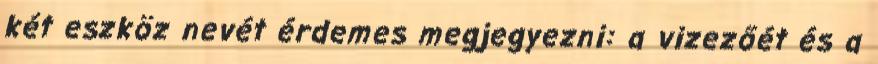
két eszköz nevét érdemes megjegyezni: a vizezőét és a